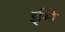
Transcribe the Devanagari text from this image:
ईमे